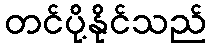
တင်ပို့နိုင်သည်